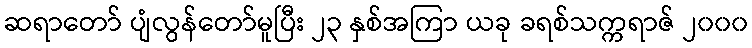
ဆရာတော် ပျံလွန်တော်မူပြီး ၂၃ နှစ်အကြာ ယခု ခရစ်သက္ကရာဇ် ၂၀၀၀